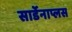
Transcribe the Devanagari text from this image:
सार्डेनाप्लस